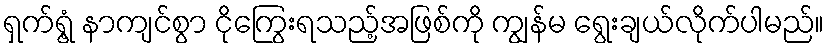
ရှက်ရွံ့ နာကျင်စွာ ငိုကြွေးရသည့်အဖြစ်ကို ကျွန်မ ရွေးချယ်လိုက်ပါမည်။